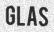
GLAS